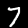
Label: 7